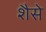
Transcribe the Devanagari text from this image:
शैसे